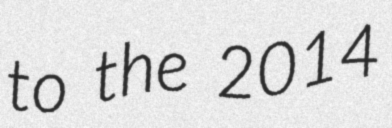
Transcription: to the 2014